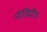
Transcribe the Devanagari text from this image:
नीतिदीप